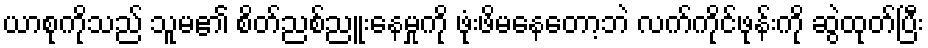
ယာစုကိုသည် သူမ၏ စိတ်ညစ်ညူးနေမှုကို ဖုံးဖိမနေတော့ဘဲ လက်ကိုင်ဖုန်းကို ဆွဲထုတ်ပြီး